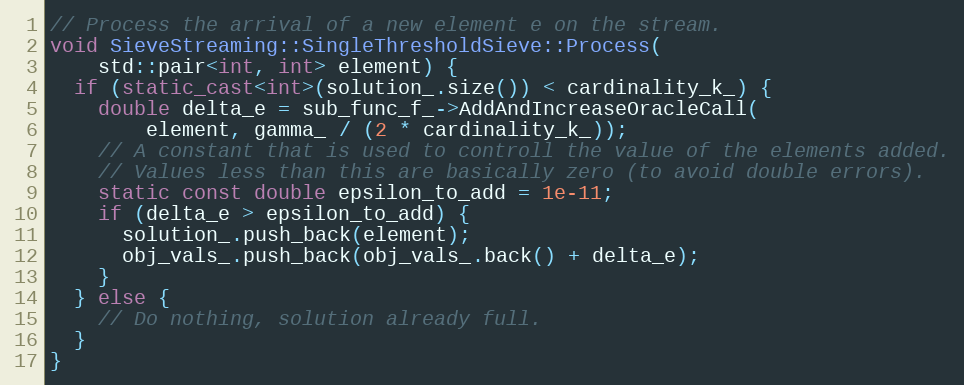
Language: C++
// Process the arrival of a new element e on the stream.
void SieveStreaming::SingleThresholdSieve::Process(
    std::pair<int, int> element) {
  if (static_cast<int>(solution_.size()) < cardinality_k_) {
    double delta_e = sub_func_f_->AddAndIncreaseOracleCall(
        element, gamma_ / (2 * cardinality_k_));
    // A constant that is used to controll the value of the elements added.
    // Values less than this are basically zero (to avoid double errors).
    static const double epsilon_to_add = 1e-11;
    if (delta_e > epsilon_to_add) {
      solution_.push_back(element);
      obj_vals_.push_back(obj_vals_.back() + delta_e);
    }
  } else {
    // Do nothing, solution already full.
  }
}